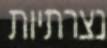
נצרתיות